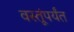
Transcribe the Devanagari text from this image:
वस्तूंपर्यंत